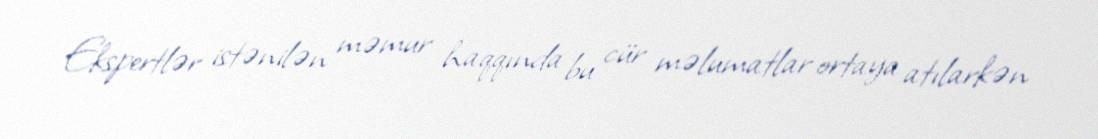
Ekspertlər istənilən məmur haqqında bu cür məlumatlar ortaya atılarkən